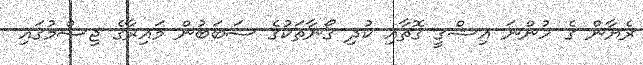
ރެޔާން ގެ ހުންނަ އިޝްގީ ގޮތާއި ކުދި ގޯނާތަކުގެ ސަބަބުން މައިރާގެ ޖިސްމުގައި